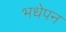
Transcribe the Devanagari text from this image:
भधेपन